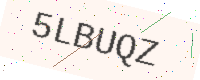
Text: 5LBUQZ